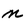
Character: n